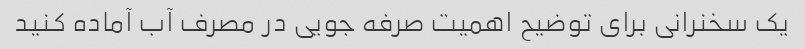
یک سخنرانی برای توضیح اهمیت صرفه جویی در مصرف آب آماده کنید